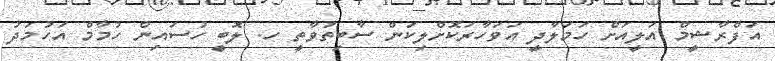
އަފްރާޝީމް އަލީއަށް ހަމަލާދީ އަވަހާރަކޮށްލިކަން ސާބިތުވާތީ ހ. ލޮބީ ހުސައިން ހުމާމް އަހުމަދު